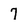
Character: 7